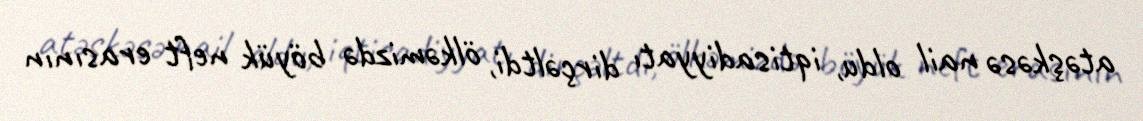
atəşkəsə nail oldu, iqtisadiyyatı dirçəltdi, ölkəmizdə böyük neft erasının